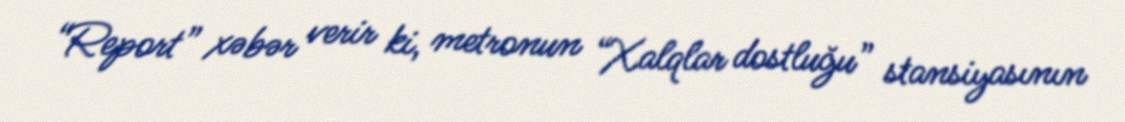
“Report” xəbər verir ki, metronun “Xalqlar dostluğu” stansiyasının